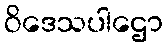
ဝိဒေသပါဌော